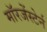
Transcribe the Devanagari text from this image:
मॉरजेंस्टेर्न